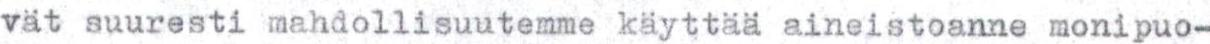
vät suuresti mahdollisuutemme käyttää aineistoanne monipuo-